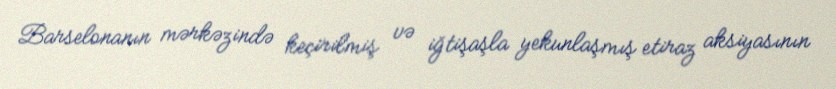
Barselonanın mərkəzində keçirilmiş və iğtişaşla yekunlaşmış etiraz aksiyasının